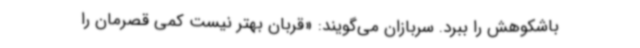
باشکوهش را ببرد. سربازان می‌گویند: «قربان بهتر نیست کمی قصرمان را